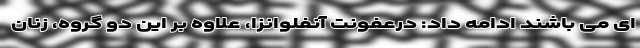
ای می باشند ادامه داد: درعفونت آنفلوانزا، علاوه بر این دو گروه، زنان